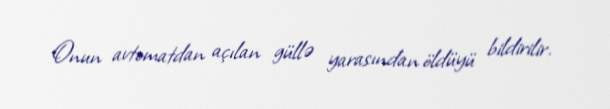
Onun avtomatdan açılan güllə yarasından öldüyü bildirilir.